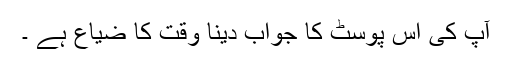
آپ کی اس پوسٹ کا جواب دینا وقت کا ضیاع ہے ۔